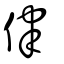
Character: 侓